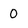
Character: 0